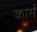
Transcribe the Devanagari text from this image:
कार्म